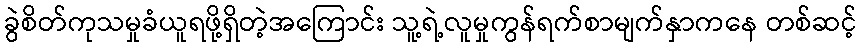
ခွဲစိတ်ကုသမှုခံယူရဖို့ရှိတဲ့အကြောင်း သူ့ရဲ့လူမှုကွန်ရက်စာမျက်နှာကနေ တစ်ဆင့်